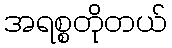
အရစ္စတိုတယ်